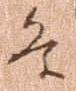
条